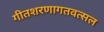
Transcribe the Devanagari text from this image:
गीतशरणागतवत्सल